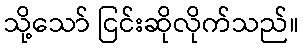
သို့သော် ငြင်းဆိုလိုက်သည်။